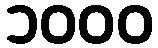
၁၀၀၀